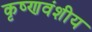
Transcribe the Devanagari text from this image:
कृष्णवंशीय